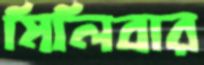
মিলিবার